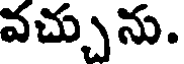
వచ్చును.